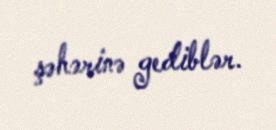
şəhərinə gediblər.